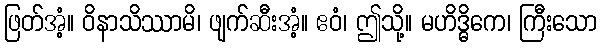
ဖြတ်အံ့။ ဝိနာသိဿာမိ၊ ဖျက်ဆီးအံ့။ ဧဝံ၊ ဤသို့။ မဟိဒ္ဓိကေ၊ ကြီးသော